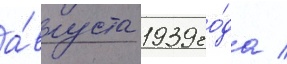
а́вгуста 1939 го́да /